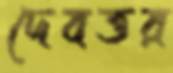
দেবত্তর